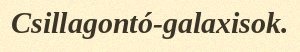
Csillagontó-galaxisok.